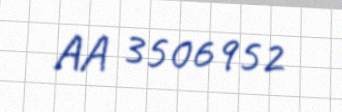
AA 3506952